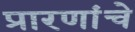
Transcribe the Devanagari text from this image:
प्रारणांचे